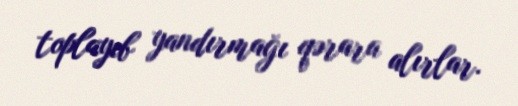
toplayıb yandırmağı qərara alırlar.